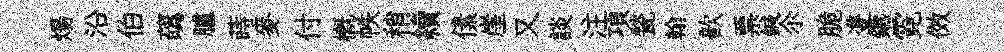
煬沿伯蘤臚蒔麥付槪帙稍續傃崖又談注項甃翰歆票鍼尒脆㕠鑣霓傚